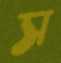
স